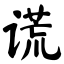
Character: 谎